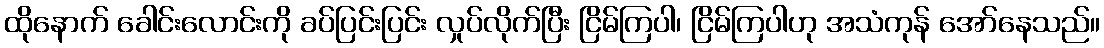
ထိုနောက် ခေါင်းလောင်းကို ခပ်ပြင်းပြင်း လှုပ်လိုက်ပြီး ငြိမ်ကြပါ၊ ငြိမ်ကြပါဟု အသံကုန် အော်နေသည်။